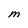
Character: M